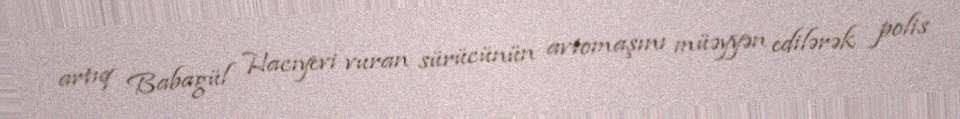
artıq Babagül Hacıyevi vuran sürücünün avtomaşını müəyyən edilərək polis